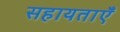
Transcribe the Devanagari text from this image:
सहायताएँ